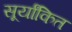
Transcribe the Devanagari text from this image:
सूर्यांकित